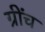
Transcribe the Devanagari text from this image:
ग्रींच